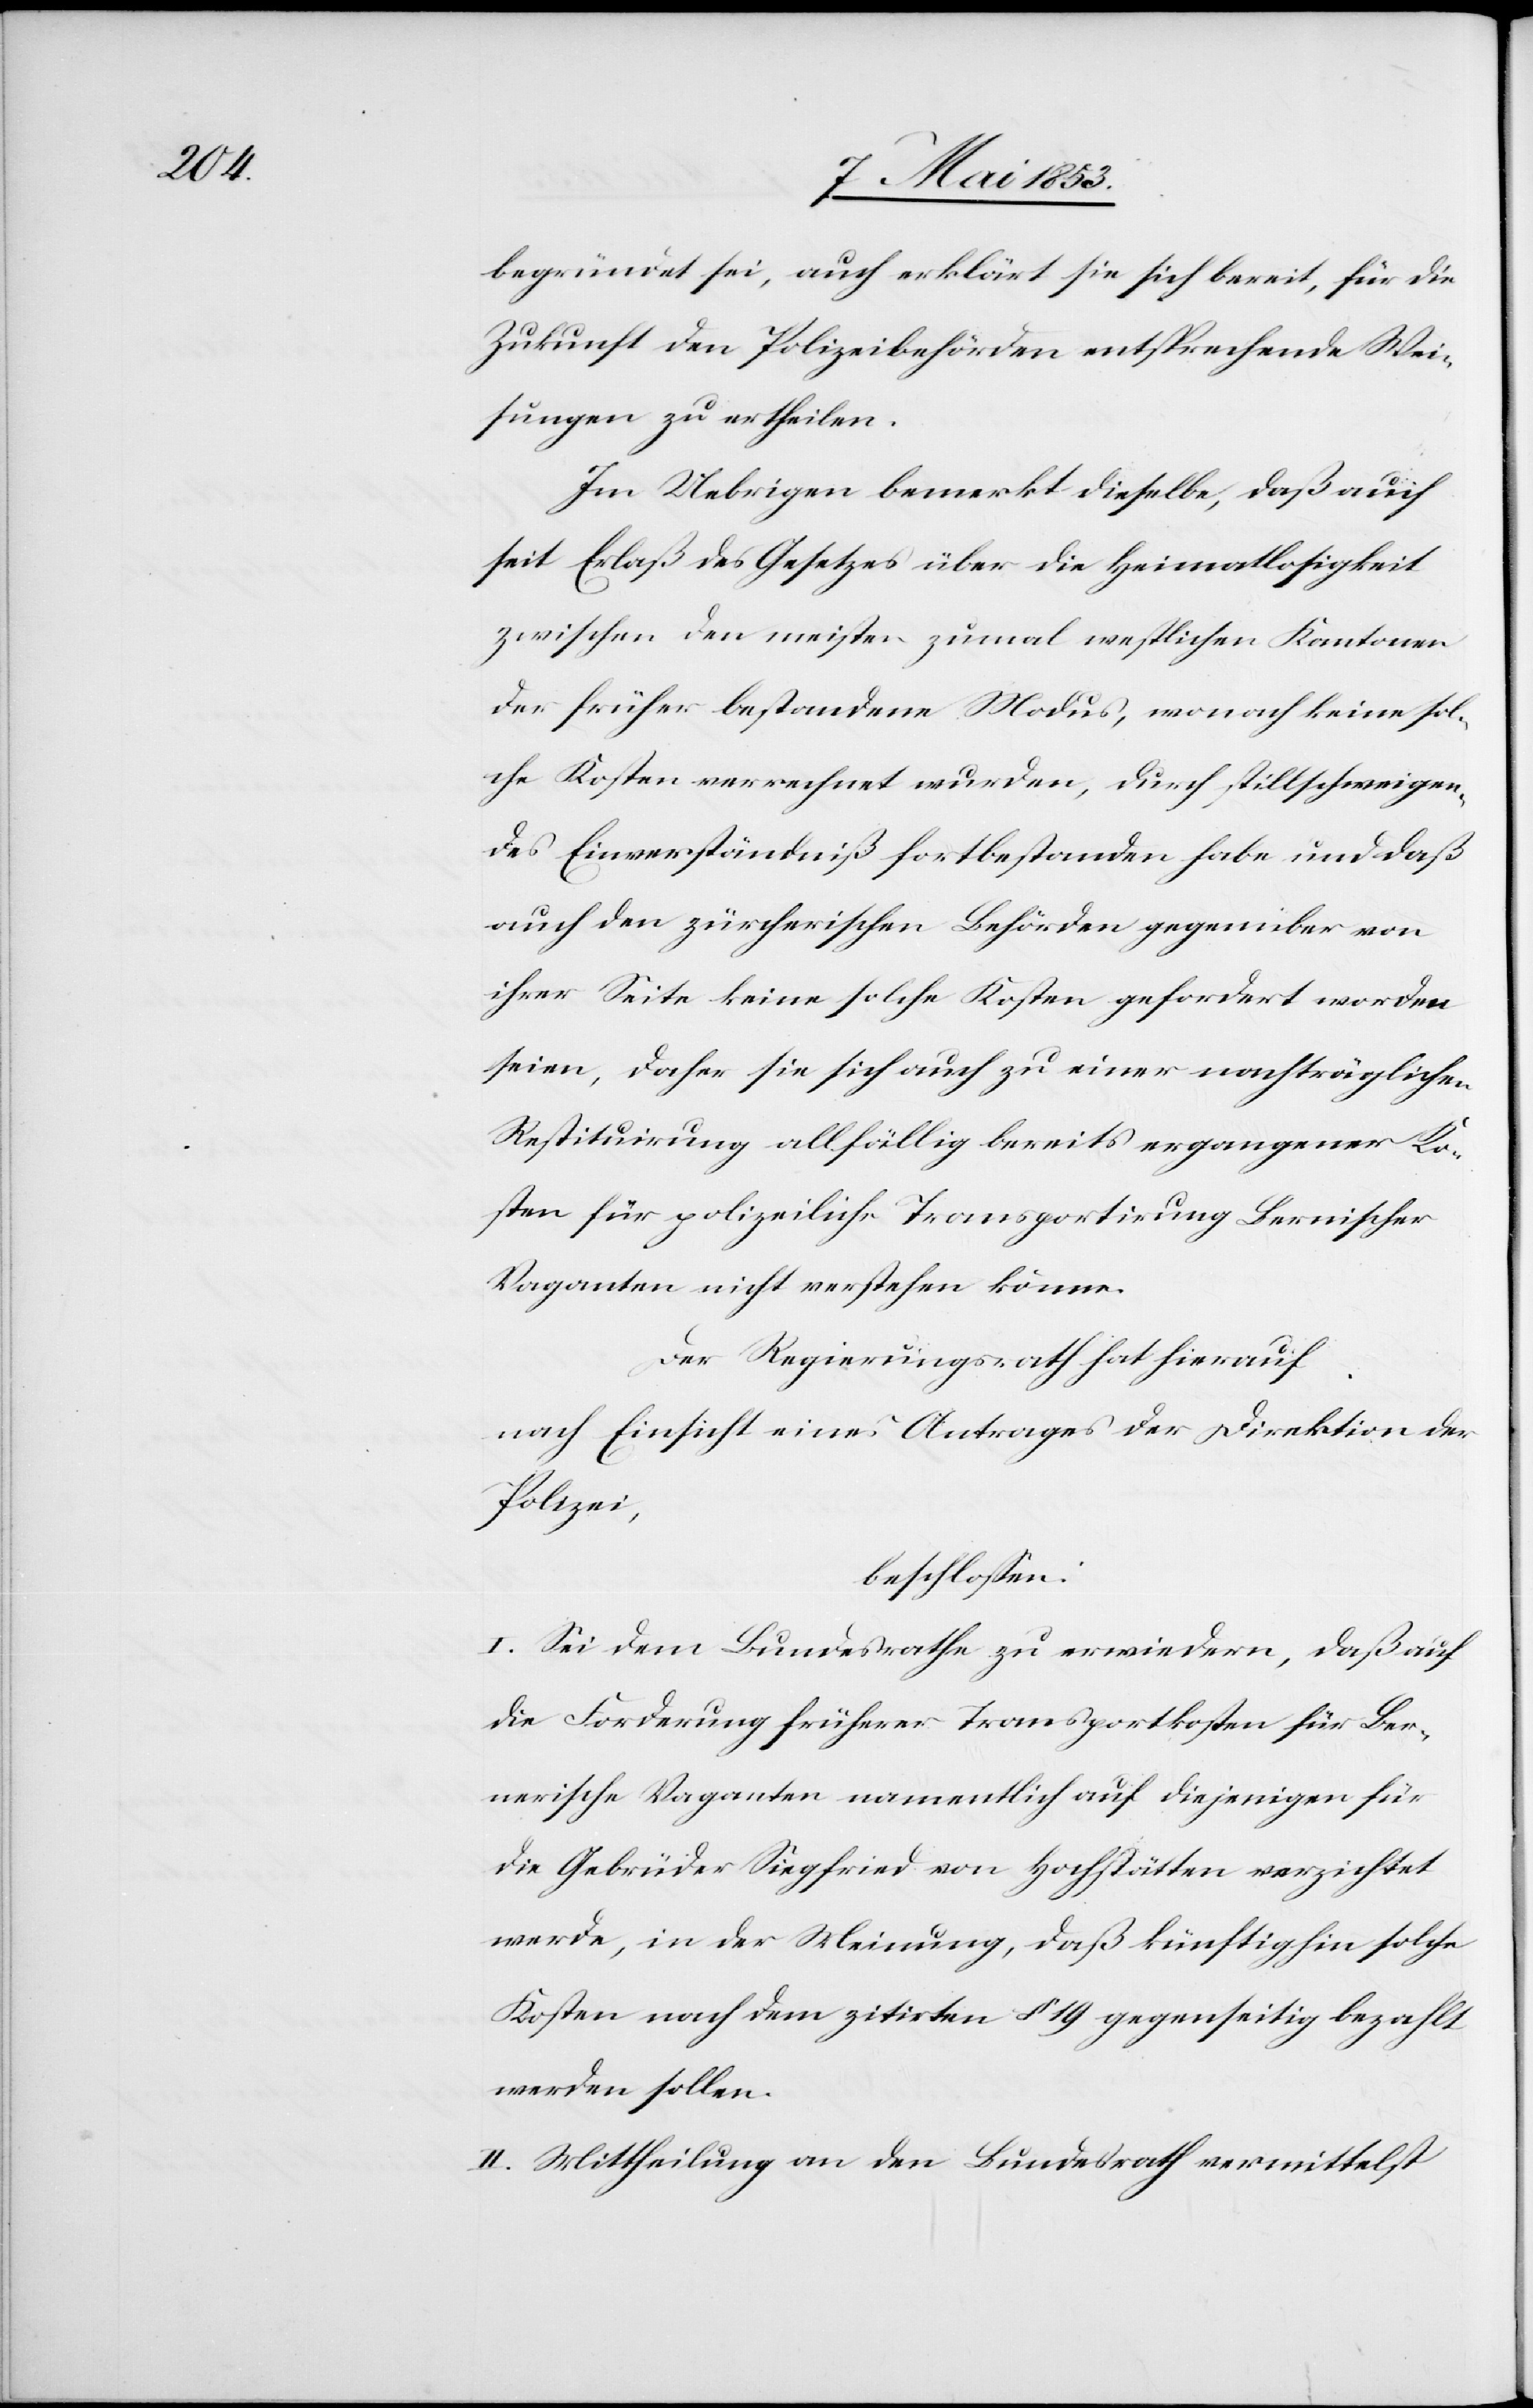
begründet sei, auch erklärt sie sich bereit, für die
Zukunft den Polizeibehörden entsprechende Wei¬
sungen zu ertheilen.
Im Uebrigen bemerkt dieselbe, daß auch
seit Erlaß des Gesetzes über die Heimatlosigkeit
zwischen den meisten zumal westlichen Kantonen
der früher bestandene Modus, wonach keine sol¬
che Kosten verrechnet wurden, durch stillschweigen¬
des Einverständniß fortbestanden habe und daß
auch den zürcherischen Behörden gegenüber von
ihrer Seite keine solche Kosten gefordert worden
seien, daher sie sich auch zu einer nachträglichen
Restituirung allfällig bereits ergangener Ko¬
sten für polizeiliche Transportirung Bernnischer
Vaganten nicht verstehen könne.
Der Regierungsrath hat hierauf
nach Einsicht eines Antrages der Direktion
Polizei,
beschloßen:
I. Sei dem Bundesrathe zu erwiedern, daß auch
die Forderung früherer Transportkosten für Ber¬
nerische Vaganten namentlich auf diejenigen für
die Gebrüder Siegfried von Hochstätten verzichtet
werde, in der Meinung, daß künftighin solche
Kosten nach dem zitirten § 19 gegenseitig bezahlt
werden sollen.
II. Mittheilung an den Bundesrath vermittelst